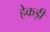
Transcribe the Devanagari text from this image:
हेकड़ी